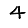
Digit: 4